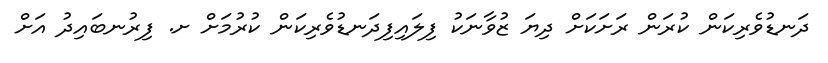
ދަނޑުވެރިކަން ކުރަން ރަށަކަށް ދިޔަ ޒުވާނަކު ފިލައިފިދަނޑުވެރިކަން ކުރުމަށް ށ. ފިރުނބައިދު އަށް